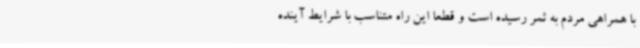
با همراهی مردم به ثمر رسیده است و قطعا این راه متناسب با شرایط آینده